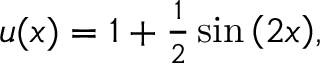
\begin{array} { r } { u ( x ) = 1 + \frac { 1 } { 2 } \sin { \left( 2 x \right) } , } \end{array}